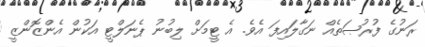
ރަނުގެ ފުރުޞަތެއް ނަގާލައިފަ އެވެ. އެ ޓީމަށް ލިބުނު ޕެނަލްޓީ އަކުން އެންޒޮންޒީ